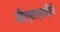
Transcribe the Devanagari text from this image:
जीएसएलव्हीचे